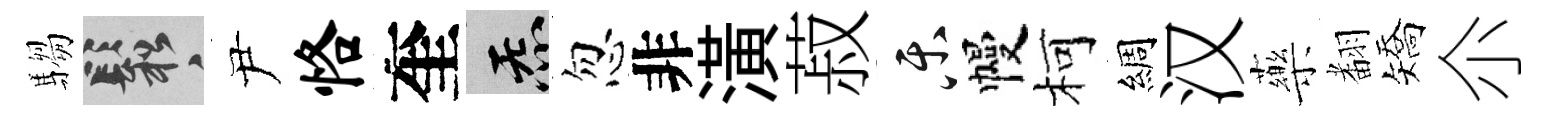
騶鬆尹恪奎炁忽非潢菽乐幔柯綢汉藥𮋒矯尒